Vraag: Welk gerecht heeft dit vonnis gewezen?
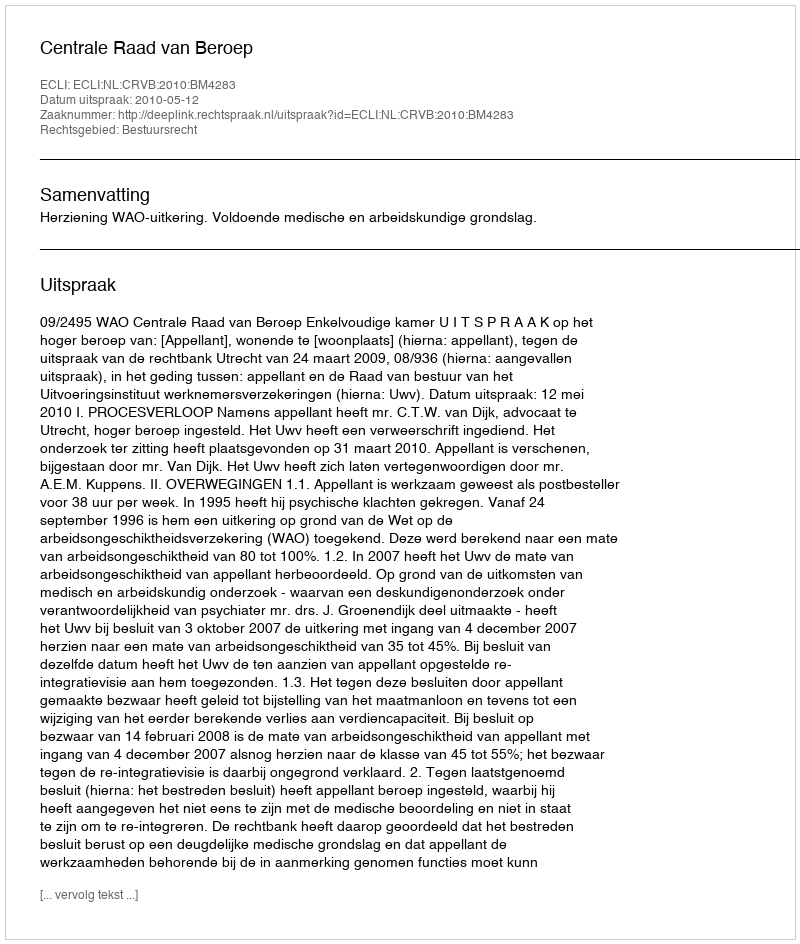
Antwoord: Centrale Raad van Beroep